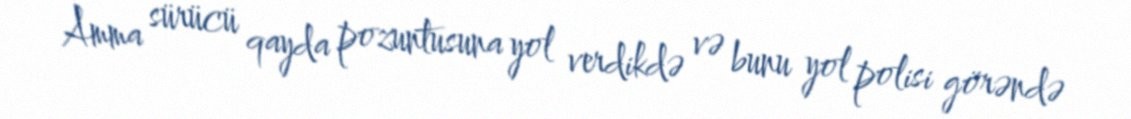
Amma sürücü qayda pozuntusuna yol verdikdə və bunu yol polisi görəndə